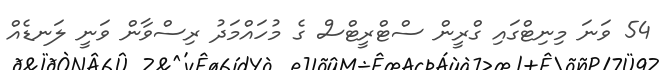
54 ވަނަ މިނިޓްގައި ގްރީން ސްޓްރީޓްސް ގެ މުހައްމަދު ރިސްވާން ވަނީ ލަނޑެއް